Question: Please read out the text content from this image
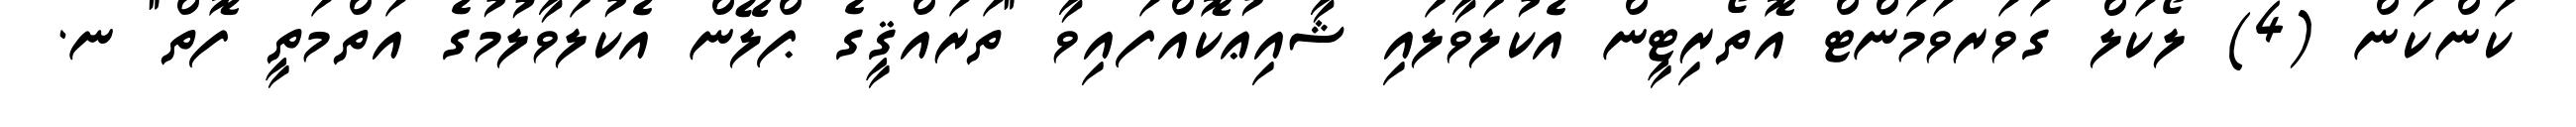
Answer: ކަންކަން (4) ލޯކަލް ގަވަރވަމަންޓް އޮތޯރިޓީން އެކުލަވާލައި ޝާއިޢުކޮއްފައިވާ "ތަރައްޤީގެ ޕްލޭން އެކުލަވާލުމުގެ އަތްމަތީ ފޮތް" ނ.